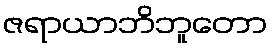
ဇရာယာဘိဘူတော